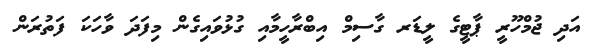
އަދި ޖުމްހޫރީ ޕާޓީގެ ލީޑަރ ގާސިމް އިބްރާހީމާއި ގުޅުވައިގެން މިފަދަ ވާހަކަ ފަތުރަން